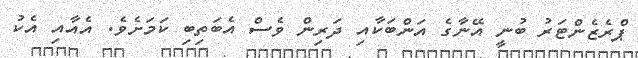
ޕްރެޒެންޓަރު ބުނީ އޭނާގެ އަންބަކާއި ދަރިން ވެސް އެބަތިބި ކަމަށެވެ. އެއާއި އެކު